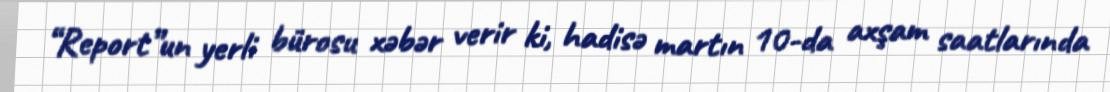
“Report”un yerli bürosu xəbər verir ki, hadisə martın 10-da axşam saatlarında